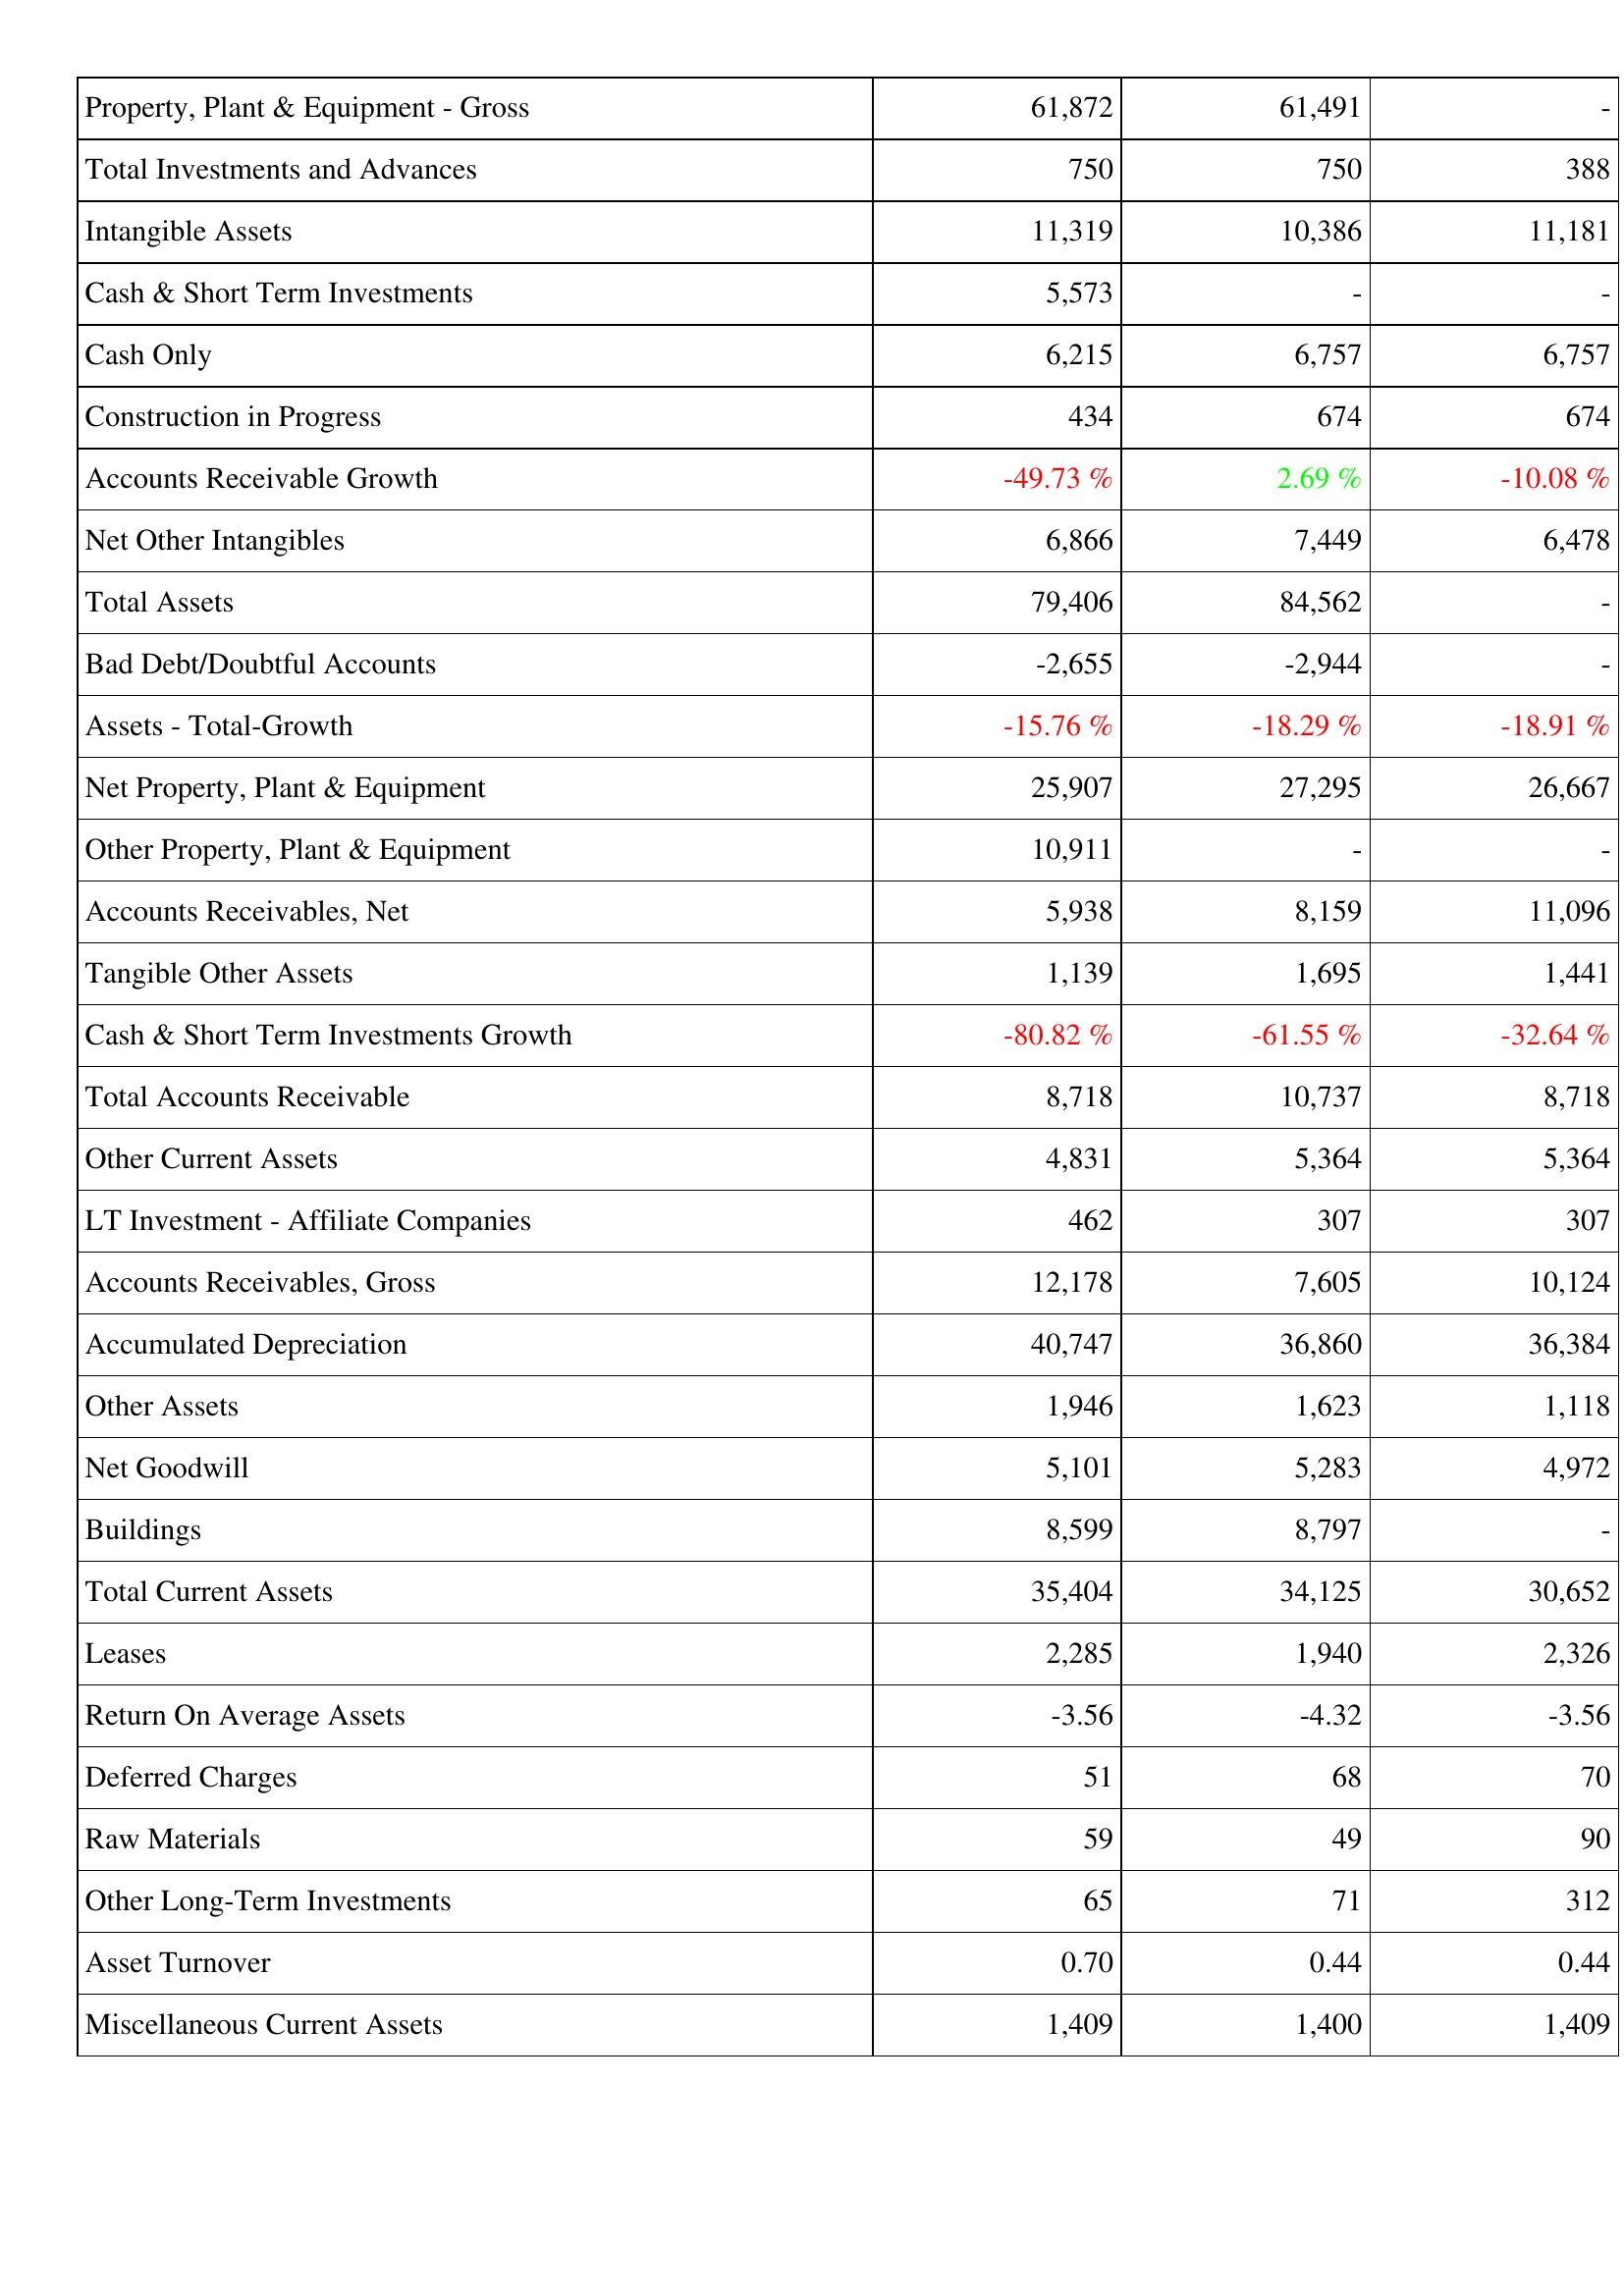
2019: Assets: Property, Plant & Equipment - Gross: 61,872
Total Investments and Advances: 750
Intangible Assets: 11,319
Cash & Short Term Investments: 5,573
Cash Only: 6,215
Construction in Progress: 434
Accounts Receivable Growth: -49.73 %
Net Other Intangibles: 6,866
Total Assets: 79,406
Bad Debt/Doubtful Accounts: -2,655
Assets - Total-Growth: -15.76 %
Net Property, Plant & Equipment: 25,907
Other Property, Plant & Equipment: 10,911
Accounts Receivables, Net: 5,938
Tangible Other Assets: 1,139
Cash & Short Term Investments Growth: -80.82 %
Total Accounts Receivable: 8,718
Other Current Assets: 4,831
LT Investment - Affiliate Companies: 462
Accounts Receivables, Gross: 12,178
Accumulated Depreciation: 40,747
Other Assets: 1,946
Net Goodwill: 5,101
Buildings: 8,599
Total Current Assets: 35,404
Leases: 2,285
Return On Average Assets: -3.56
Deferred Charges: 51
Raw Materials: 59
Other Long-Term Investments: 65
Asset Turnover: 0.70
Miscellaneous Current Assets: 1,409
2018: Assets: Property, Plant & Equipment - Gross: 61,491
Total Investments and Advances: 750
Intangible Assets: 10,386
Cash & Short Term Investments: -
Cash Only: 6,757
Construction in Progress: 674
Accounts Receivable Growth: 2.69 %
Net Other Intangibles: 7,449
Total Assets: 84,562
Bad Debt/Doubtful Accounts: -2,944
Assets - Total-Growth: -18.29 %
Net Property, Plant & Equipment: 27,295
Other Property, Plant & Equipment: -
Accounts Receivables, Net: 8,159
Tangible Other Assets: 1,695
Cash & Short Term Investments Growth: -61.55 %
Total Accounts Receivable: 10,737
Other Current Assets: 5,364
LT Investment - Affiliate Companies: 307
Accounts Receivables, Gross: 7,605
Accumulated Depreciation: 36,860
Other Assets: 1,623
Net Goodwill: 5,283
Buildings: 8,797
Total Current Assets: 34,125
Leases: 1,940
Return On Average Assets: -4.32
Deferred Charges: 68
Raw Materials: 49
Other Long-Term Investments: 71
Asset Turnover: 0.44
Miscellaneous Current Assets: 1,400
2017: Assets: Property, Plant & Equipment - Gross: -
Total Investments and Advances: 388
Intangible Assets: 11,181
Cash & Short Term Investments: -
Cash Only: 6,757
Construction in Progress: 674
Accounts Receivable Growth: -10.08 %
Net Other Intangibles: 6,478
Total Assets: -
Bad Debt/Doubtful Accounts: -
Assets - Total-Growth: -18.91 %
Net Property, Plant & Equipment: 26,667
Other Property, Plant & Equipment: -
Accounts Receivables, Net: 11,096
Tangible Other Assets: 1,441
Cash & Short Term Investments Growth: -32.64 %
Total Accounts Receivable: 8,718
Other Current Assets: 5,364
LT Investment - Affiliate Companies: 307
Accounts Receivables, Gross: 10,124
Accumulated Depreciation: 36,384
Other Assets: 1,118
Net Goodwill: 4,972
Buildings: -
Total Current Assets: 30,652
Leases: 2,326
Return On Average Assets: -3.56
Deferred Charges: 70
Raw Materials: 90
Other Long-Term Investments: 312
Asset Turnover: 0.44
Miscellaneous Current Assets: 1,409